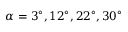
\alpha = 3 ^ { \circ } , 1 2 ^ { \circ } , 2 2 ^ { \circ } , 3 0 ^ { \circ }